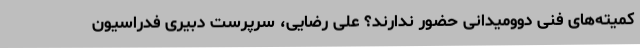
کمیته‌های فنی دوومیدانی حضور ندارند؟ علی رضایی، سرپرست دبیری فدراسیون